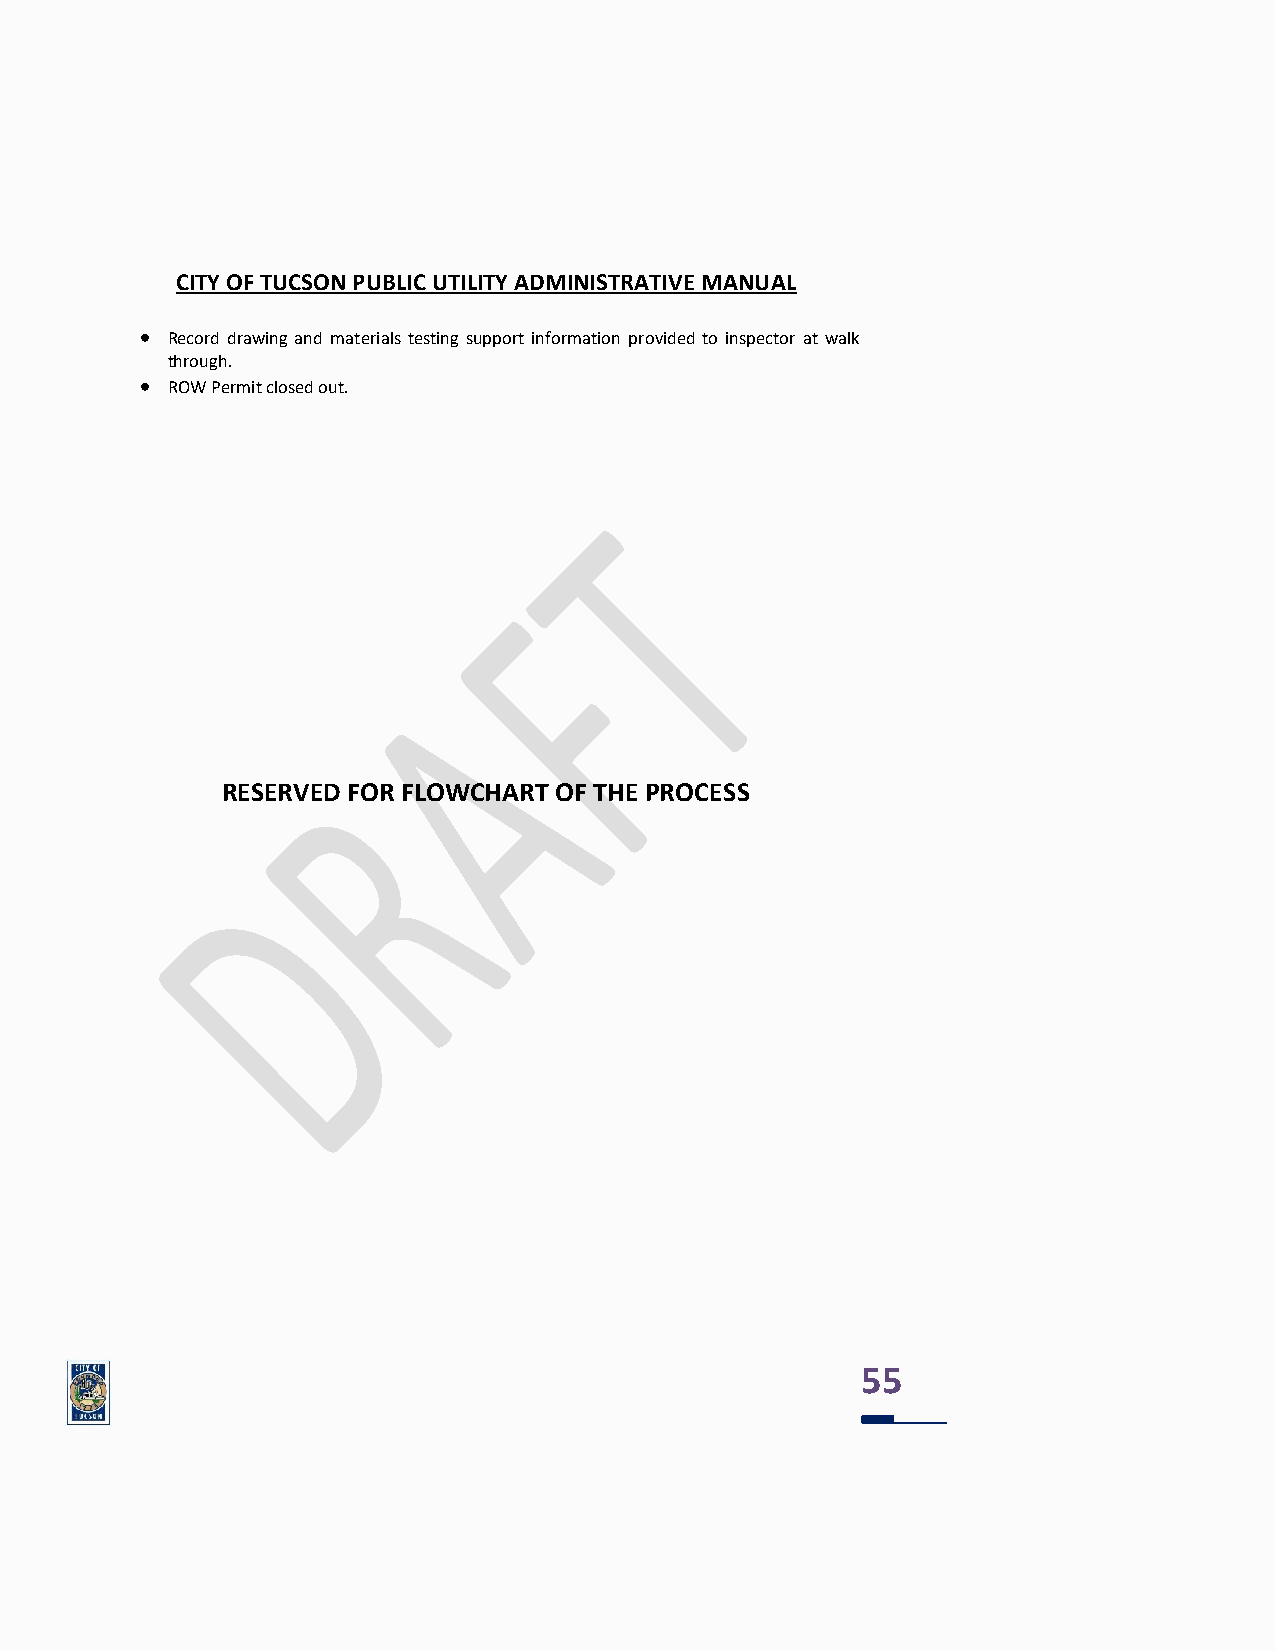
CITY OF TUCSON PUBLIC UTILITY ADMINISTRATIVE MANUAL
 • Record drawing and materials testing support information provided to inspector at walk
 through.
 • ROW Permit closed out.
 RESERVED FOR FLOWCHART OF THE PROCESS
 55